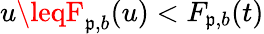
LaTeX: u\leqF_{\mathfrak{p},b}(u)<F_{\mathfrak{p},b}(t)